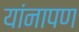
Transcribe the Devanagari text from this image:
यांनापण